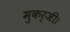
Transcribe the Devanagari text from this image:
मुकर्जी।